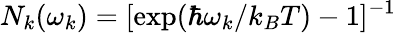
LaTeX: N_{k}(\omega_{k})=[\mathrm{exp}(\hbar\omega_{k}/k_{B}T)-1]^{-1}